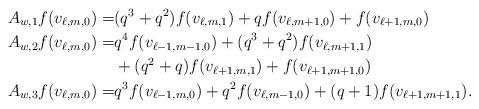
LaTeX: \begin{align*}A_{w,1}f(v_{\ell,m,0})=&(q^3+q^2)f(v_{\ell,m,1})+qf(v_{\ell,m+1,0})+f(v_{\ell+1,m,0})\\A_{w,2}f(v_{\ell,m,0})=&q^4f(v_{\ell-1,m-1,0})+(q^3+q^2)f(v_{\ell,m+1,1})\\&+(q^2+q)f(v_{\ell+1,m,1})+f(v_{\ell+1,m+1,0})\\A_{w,3}f(v_{\ell,m,0})=&q^3f(v_{\ell-1,m,0})+q^2f(v_{\ell,m-1,0})+(q+1)f(v_{\ell+1,m+1,1}).\end{align*}